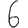
Digit: 6